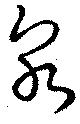
泉